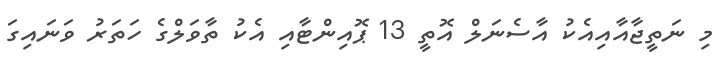
މި ނަތީޖާއާއިއެކު އާސެނަލް އޮތީ 13 ޕޮއިންޓާއި އެކު ތާވަލްގެ ހަތަރު ވަނައިގަ